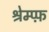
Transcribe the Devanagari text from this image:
श्रेम्प्फ़